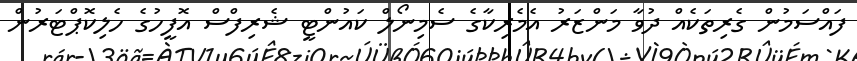
ފައްސަމުން ގެރިތަކެއް ދުވާ މަންޒަރު އެމެރިކާގެ ސެމިނޯލް ކައުންޓީ ޝެރިފްސް އޮފީހުގެ ހެލިކޮޕްޓަރުން